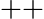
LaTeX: ++